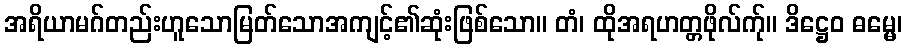
အရိယာမဂ်တည်းဟူသောမြတ်သောအကျင့်၏ဆုံးဖြစ်သော။ တံ၊ ထိုအရဟတ္တဖိုလ်က်ု။ ဒိဋ္ဌေဝ ဓမ္မေ၊